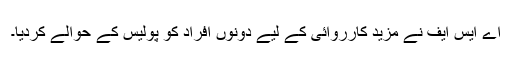
اے ایس ایف نے مزید کارروائی کے لیے دونوں افراد کو پولیس کے حوالے کردیا۔